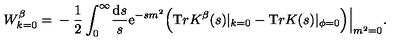
W _ { k = 0 } ^ { \beta } = \mathrm { } - \frac 1 2 \int _ { 0 } ^ { \infty } \! \frac { { \mathrm { d } } s } { s } { \mathrm e } ^ { - s m ^ { 2 } } \Big ( { \mathrm T r } { K } ^ { \beta } ( s ) | _ { k = 0 } - { \mathrm T r } K ( s ) | _ { \phi = 0 } \Big ) \Big | _ { m ^ { 2 } = 0 } .